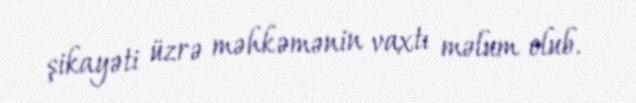
şikayəti üzrə məhkəmənin vaxtı məlum olub.